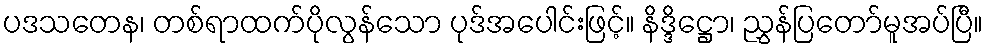
ပဒသတေန၊ တစ်ရာထက်ပိုလွန်သော ပုဒ်အပေါင်းဖြင့်။ နိဒ္ဒိဋ္ဌော၊ ညွှန်ပြတော်မူအပ်ပြီ။